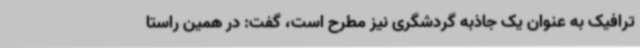
ترافیک به عنوان یک جاذبه گردشگری نیز مطرح است، گفت: در همین راستا